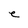
Character: e